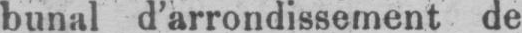
bunal d’arrondissement de